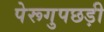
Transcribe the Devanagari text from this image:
पेरूगुपछड़ी